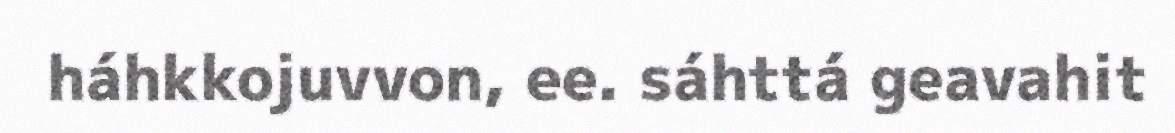
háhkkojuvvon, ee. sáhttá geavahit